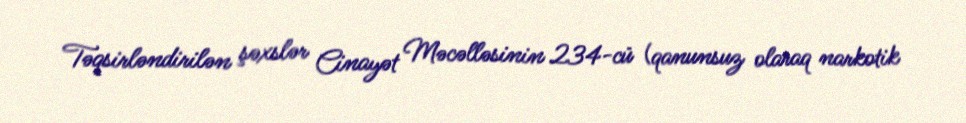
Təqsirləndirilən şəxslər Cinayət Məcəlləsinin 234-cü (qanunsuz olaraq narkotik